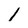
Character: l